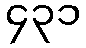
၄၃၁